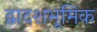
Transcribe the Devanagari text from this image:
द्वादशभूमिक